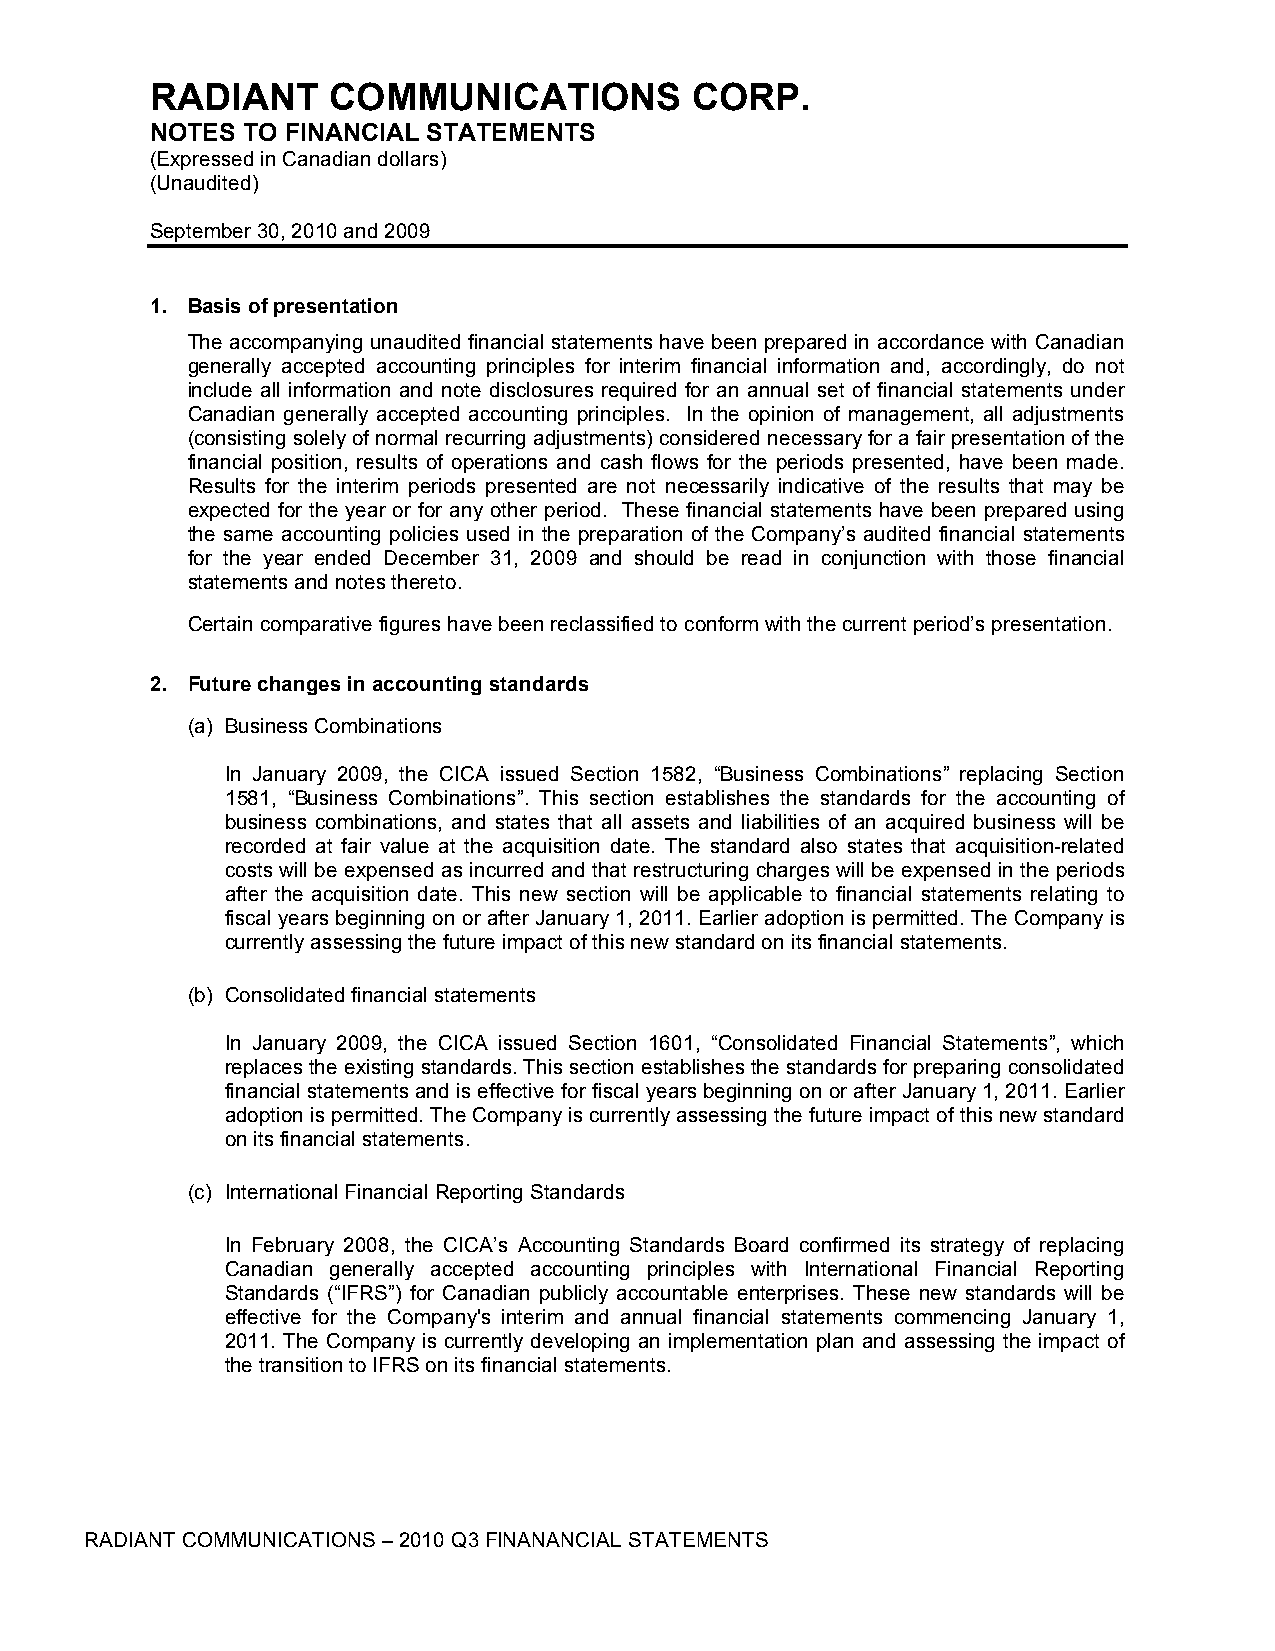
RADIANT     COMMUNICATIONS          CORP.
 NOTES TO FINANCIAL STATEMENTS
 (Expressed in Canadian dollars)
 (Unaudited)
 September 30, 2010 and 2009
 1. Basis of presentation
 The accompanying unaudited financial statements have been prepared in accordance with Canadian
 generally accepted accounting principles for interim financial information and, accordingly, do not
 include all information and note disclosures required for an annual set of financial statements under
 Canadian generally accepted accounting principles. In the opinion of management, all adjustments
 (consisting solely of normal recurring adjustments) considered necessary for a fair presentation of the
 financial position, results of operations and cash flows for the periods presented, have been made.
 Results for the interim periods presented are not necessarily indicative of the results that may be
 expected for the year or for any other period. These financial statements have been prepared using
 the same accounting policies used in the preparation of the Company’s audited financial statements
 for the year ended December 31, 2009 and should be read in conjunction with those financial
 statements and notes thereto.
 Certain comparative figures have been reclassified to conform with the current period’s presentation.
 2. Future changes in accounting standards
 (a) Business Combinations
 In January 2009, the CICA issued Section 1582, “Business Combinations” replacing Section
 1581, “Business Combinations”. This section establishes the standards for the accounting of
 business combinations, and states that all assets and liabilities of an acquired business will be
 recorded at fair value at the acquisition date. The standard also states that acquisition-related
 costs will be expensed as incurred and that restructuring charges will be expensed in the periods
 after the acquisition date. This new section will be applicable to financial statements relating to
 fiscal years beginning on or after January 1, 2011. Earlier adoption is permitted. The Company is
 currently assessing the future impact of this new standard on its financial statements.
 (b) Consolidated financial statements
 In January 2009, the CICA issued Section 1601, “Consolidated Financial Statements”, which
 replaces the existing standards. This section establishes the standards for preparing consolidated
 financial statements and is effective for fiscal years beginning on or after January 1, 2011. Earlier
 adoption is permitted. The Company is currently assessing the future impact of this new standard
 on its financial statements.
 (c) International Financial Reporting Standards
 In February 2008, the CICA’s Accounting Standards Board confirmed its strategy of replacing
 Canadian generally accepted accounting principles with International Financial Reporting
 Standards (“IFRS”) for Canadian publicly accountable enterprises. These new standards will be
 effective for the Company's interim and annual financial statements commencing January 1,
 2011. The Company is currently developing an implementation plan and assessing the impact of
 the transition to IFRS on its financial statements.
 RADIANT COMMUNICATIONS – 2010 Q3 FINANANCIAL STATEMENTS